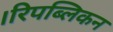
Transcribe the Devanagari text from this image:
।रिपब्लिकन